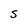
Character: S